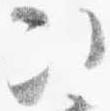
次